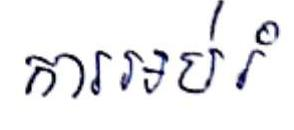
ការអប់រំ